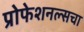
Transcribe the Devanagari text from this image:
प्रोफेशनल्सचा